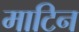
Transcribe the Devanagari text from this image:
माटिन